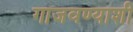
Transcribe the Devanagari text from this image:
गाजवण्याशी